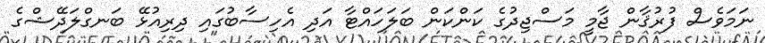
ނަމަވެސް ފުރުޤާން ޖާމީ މަސްޖިދުގެ ކަންކަން ބަލަހައްޓާ އަދި އެހިސާބުގައި ދިރިއުޅޭ ބަނގްލަދޭޝްގެ